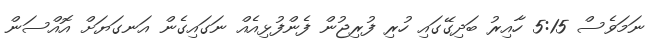
ނަމަވެސް 5:15 ހާއިރު ބަދިގޭގައި ހުރި ފުރިޖުން ފެންފުޅިއެއް ނަގައިގެން އަނގަޔަށް އޮއްސަން